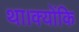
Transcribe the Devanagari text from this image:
था।क्योंकि